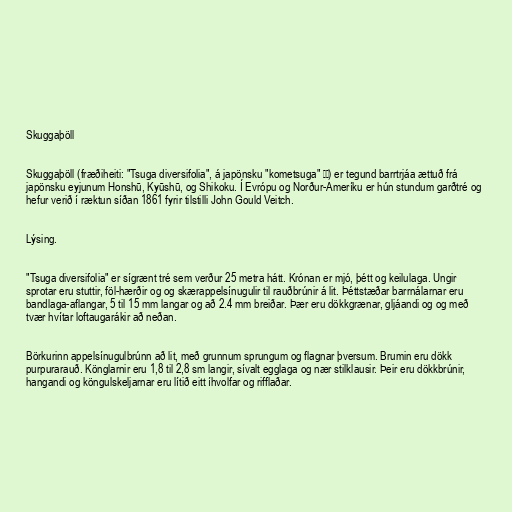
Skuggaþöll

Skuggaþöll (fræðiheiti: "Tsuga diversifolia", á japönsku "kometsuga" 米栂) er tegund barrtrjáa ættuð frá
japönsku eyjunum Honshū, Kyūshū, og Shikoku. Í Evrópu og Norður-Ameríku er hún stundum garðtré og
hefur verið í ræktun síðan 1861 fyrir tilstilli John Gould Veitch.

Lýsing.

"Tsuga diversifolia" er sígrænt tré sem verður 25 metra hátt. Krónan er mjó, þétt og keilulaga. Ungir
sprotar eru stuttir, föl-hærðir og og skærappelsínugulir til rauðbrúnir á lit. Þéttstæðar barrnálarnar eru
bandlaga-aflangar, 5 til 15 mm langar og að 2.4 mm breiðar. Þær eru dökkgrænar, gljáandi og og með
tvær hvítar loftaugarákir að neðan.

Börkurinn appelsínugulbrúnn að lit, með grunnum sprungum og flagnar þversum. Brumin eru dökk
purpurarauð. Könglarnir eru 1,8 til 2,8 sm langir, sívalt egglaga og nær stilklausir. Þeir eru dökkbrúnir,
hangandi og köngulskeljarnar eru lítið eitt íhvolfar og rifflaðar.